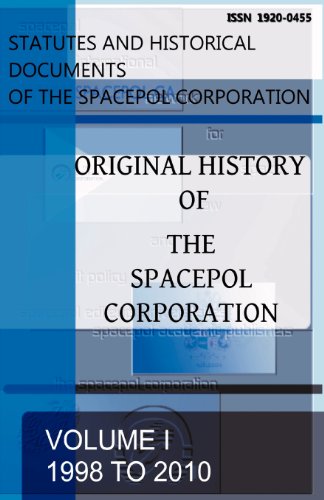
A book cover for Original History of the Spacepol Corporation (Statutes and Historical Documents of the Spacepol Corporatio); Business & Money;